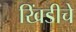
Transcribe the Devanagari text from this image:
खिंडीचे